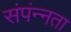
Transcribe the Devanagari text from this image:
संपंन्नता